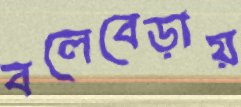
বলেবেড়ায়